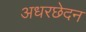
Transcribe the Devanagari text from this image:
अधरछेदन